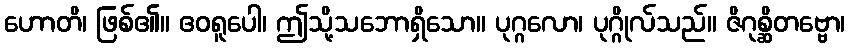
ဟောတိ၊ ဖြစ်၏။ ဧဝရူပေါ၊ ဤသို့သဘောရှိသော။ ပုဂ္ဂလော၊ ပုဂ္ဂိုလ်သည်။ ဇိဂုစ္ဆိတဗ္ဗော၊